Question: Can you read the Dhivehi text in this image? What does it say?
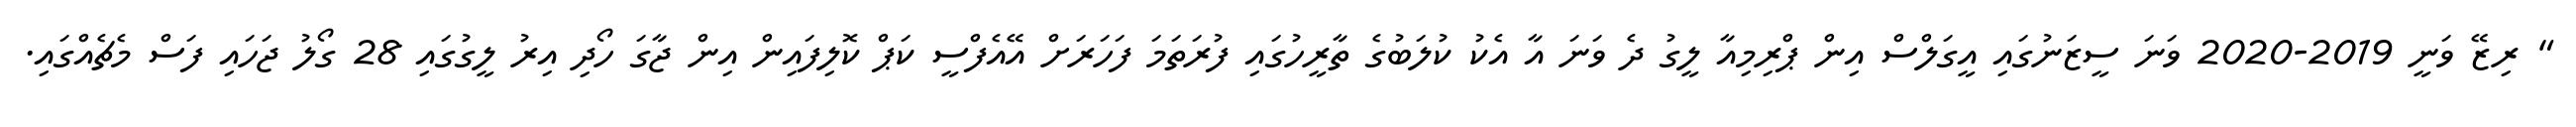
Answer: " ރިޒޭ ވަނީ 2019-2020 ވަނަ ސީޒަނުގައި އީގަލްސް އިން ޕްރިމިއާ ލީގު ދެ ވަނަ އާ އެކު ކުލަބުގެ ތާރީހުގައި ފުރަތަމަ ފަހަރަށް އޭއެފްސީ ކަޕް ކޮލިފައިން އިން ޖާގަ ހޯދި އިރު ލީގުގައި 28 ގޯލު ޖަހައި ފަސް މެޗެއްގައި.